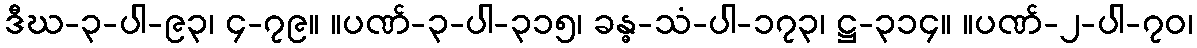
ဒီဃ-၃-ပါ-၉၃၊ ၄-၇၉။ ။ပဏ်-၃-ပါ-၃၁၅၊ ခန္ဓ-သံ-ပါ-၁၇၃၊ ဋ္ဌ-၃၁၄။ ။ပဏ်-၂-ပါ-၇၀၊